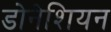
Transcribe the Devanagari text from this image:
डोनेशियन